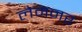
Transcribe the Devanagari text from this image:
लेमनर